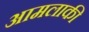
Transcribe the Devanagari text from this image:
आमलाकी